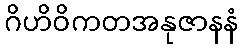
ဂိဟိဝိကတအနုဇာနနံ